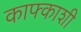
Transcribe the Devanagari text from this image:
काफ्काशी